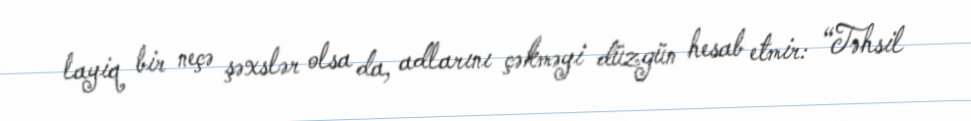
layiq bir neçə şəxslər olsa da, adlarını çəkməyi düzgün hesab etmir: “Təhsil